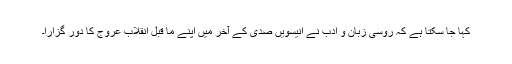
کہا جا سکتا ہے کہ روسی زبان و ادب نے انیسویں صدی کے آخر میں اپنے ما قبل انقلاب عروج کا دور گزارا۔